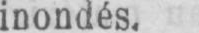
inondés.